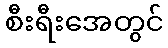
စီးရီးအေတွင်